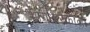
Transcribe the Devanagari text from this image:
भागधारकाला